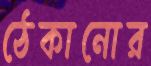
ঠেকানোর